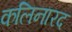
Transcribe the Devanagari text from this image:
कलिनारद